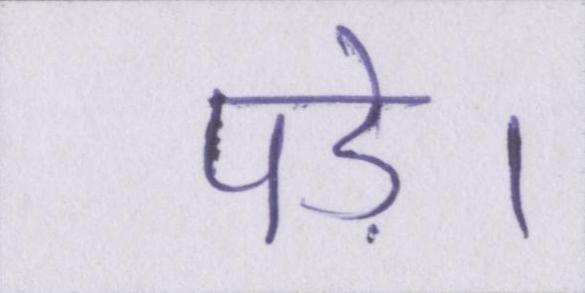
पड़े।